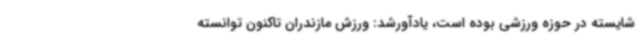
شایسته در حوزه ورزشی بوده است، یادآورشد: ورزش مازندران تاکنون توانسته